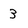
Character: 3